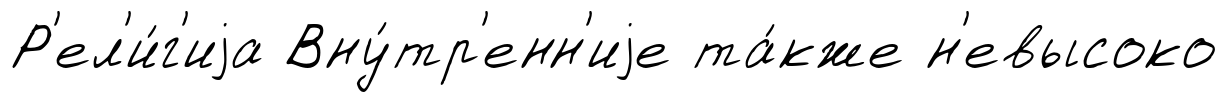
Р'ел'и́г'иjа Вну́тр'енн'иjе та́кже н'евысоко